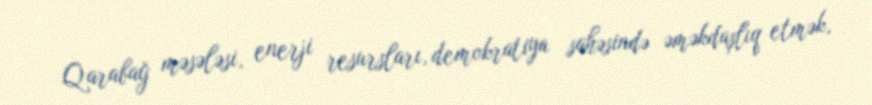
Qarabağ məsələsi, enerji resursları, demokratiya sahəsində əməkdaşlıq etmək,